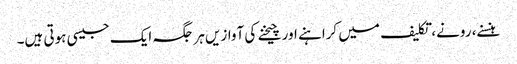
ہنسنے، رونے، تکلیف میں کراہنے اور چیخنے کی آوازیں ہر جگہ ایک جیسی ہوتی ہیں۔